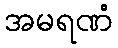
အမရဏံ